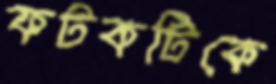
ফটকটিকে